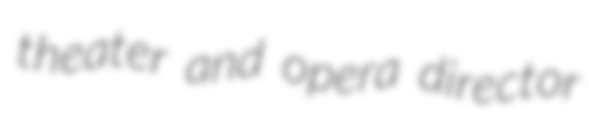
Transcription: theater and opera director